Lunatic asylums Bombay report 1891-1903 - 1891-1903
Year: 1891
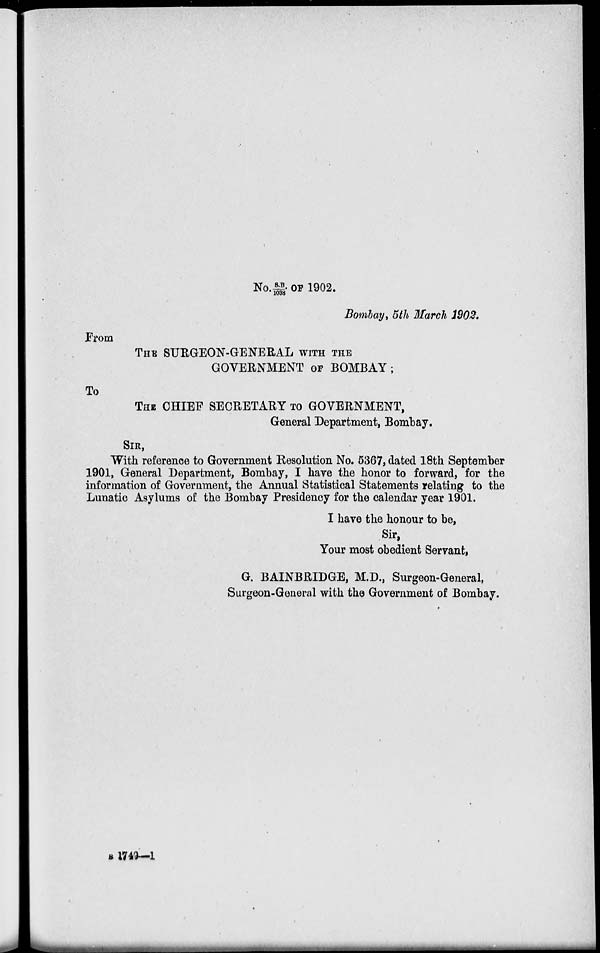
No. S. B. / 1038. OF 1902.
Bombay, 5th March 1902.
From
THE SURGEON-GENERAL WITH THE
GOVERNMENT OF BOMBAY ;
To
THE CHIEF SECRETARY TO GOVERNMENT,
General Department, Bombay.
SIR,
With reference to Government Resolution No. 5367, dated 18th September
1901, General Department, Bombay, I have the honor to forward, for the
information of Government, the Annual Statistical Statements relating to the
Lunatic Asylums of the Bombay Presidency for the calendar year 1901.
I have the honour to be,
Sir,
Your most obedient Servant,
G. BAINBRIDGE, M.D., Surgeon-General,
Surgeon-General with the Government of Bombay.
B 1749—1